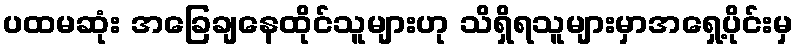
ပထမဆုံး အခြေချနေထိုင်သူများဟု သိရှိရသူများမှာအရှေ့ပိုင်းမှ